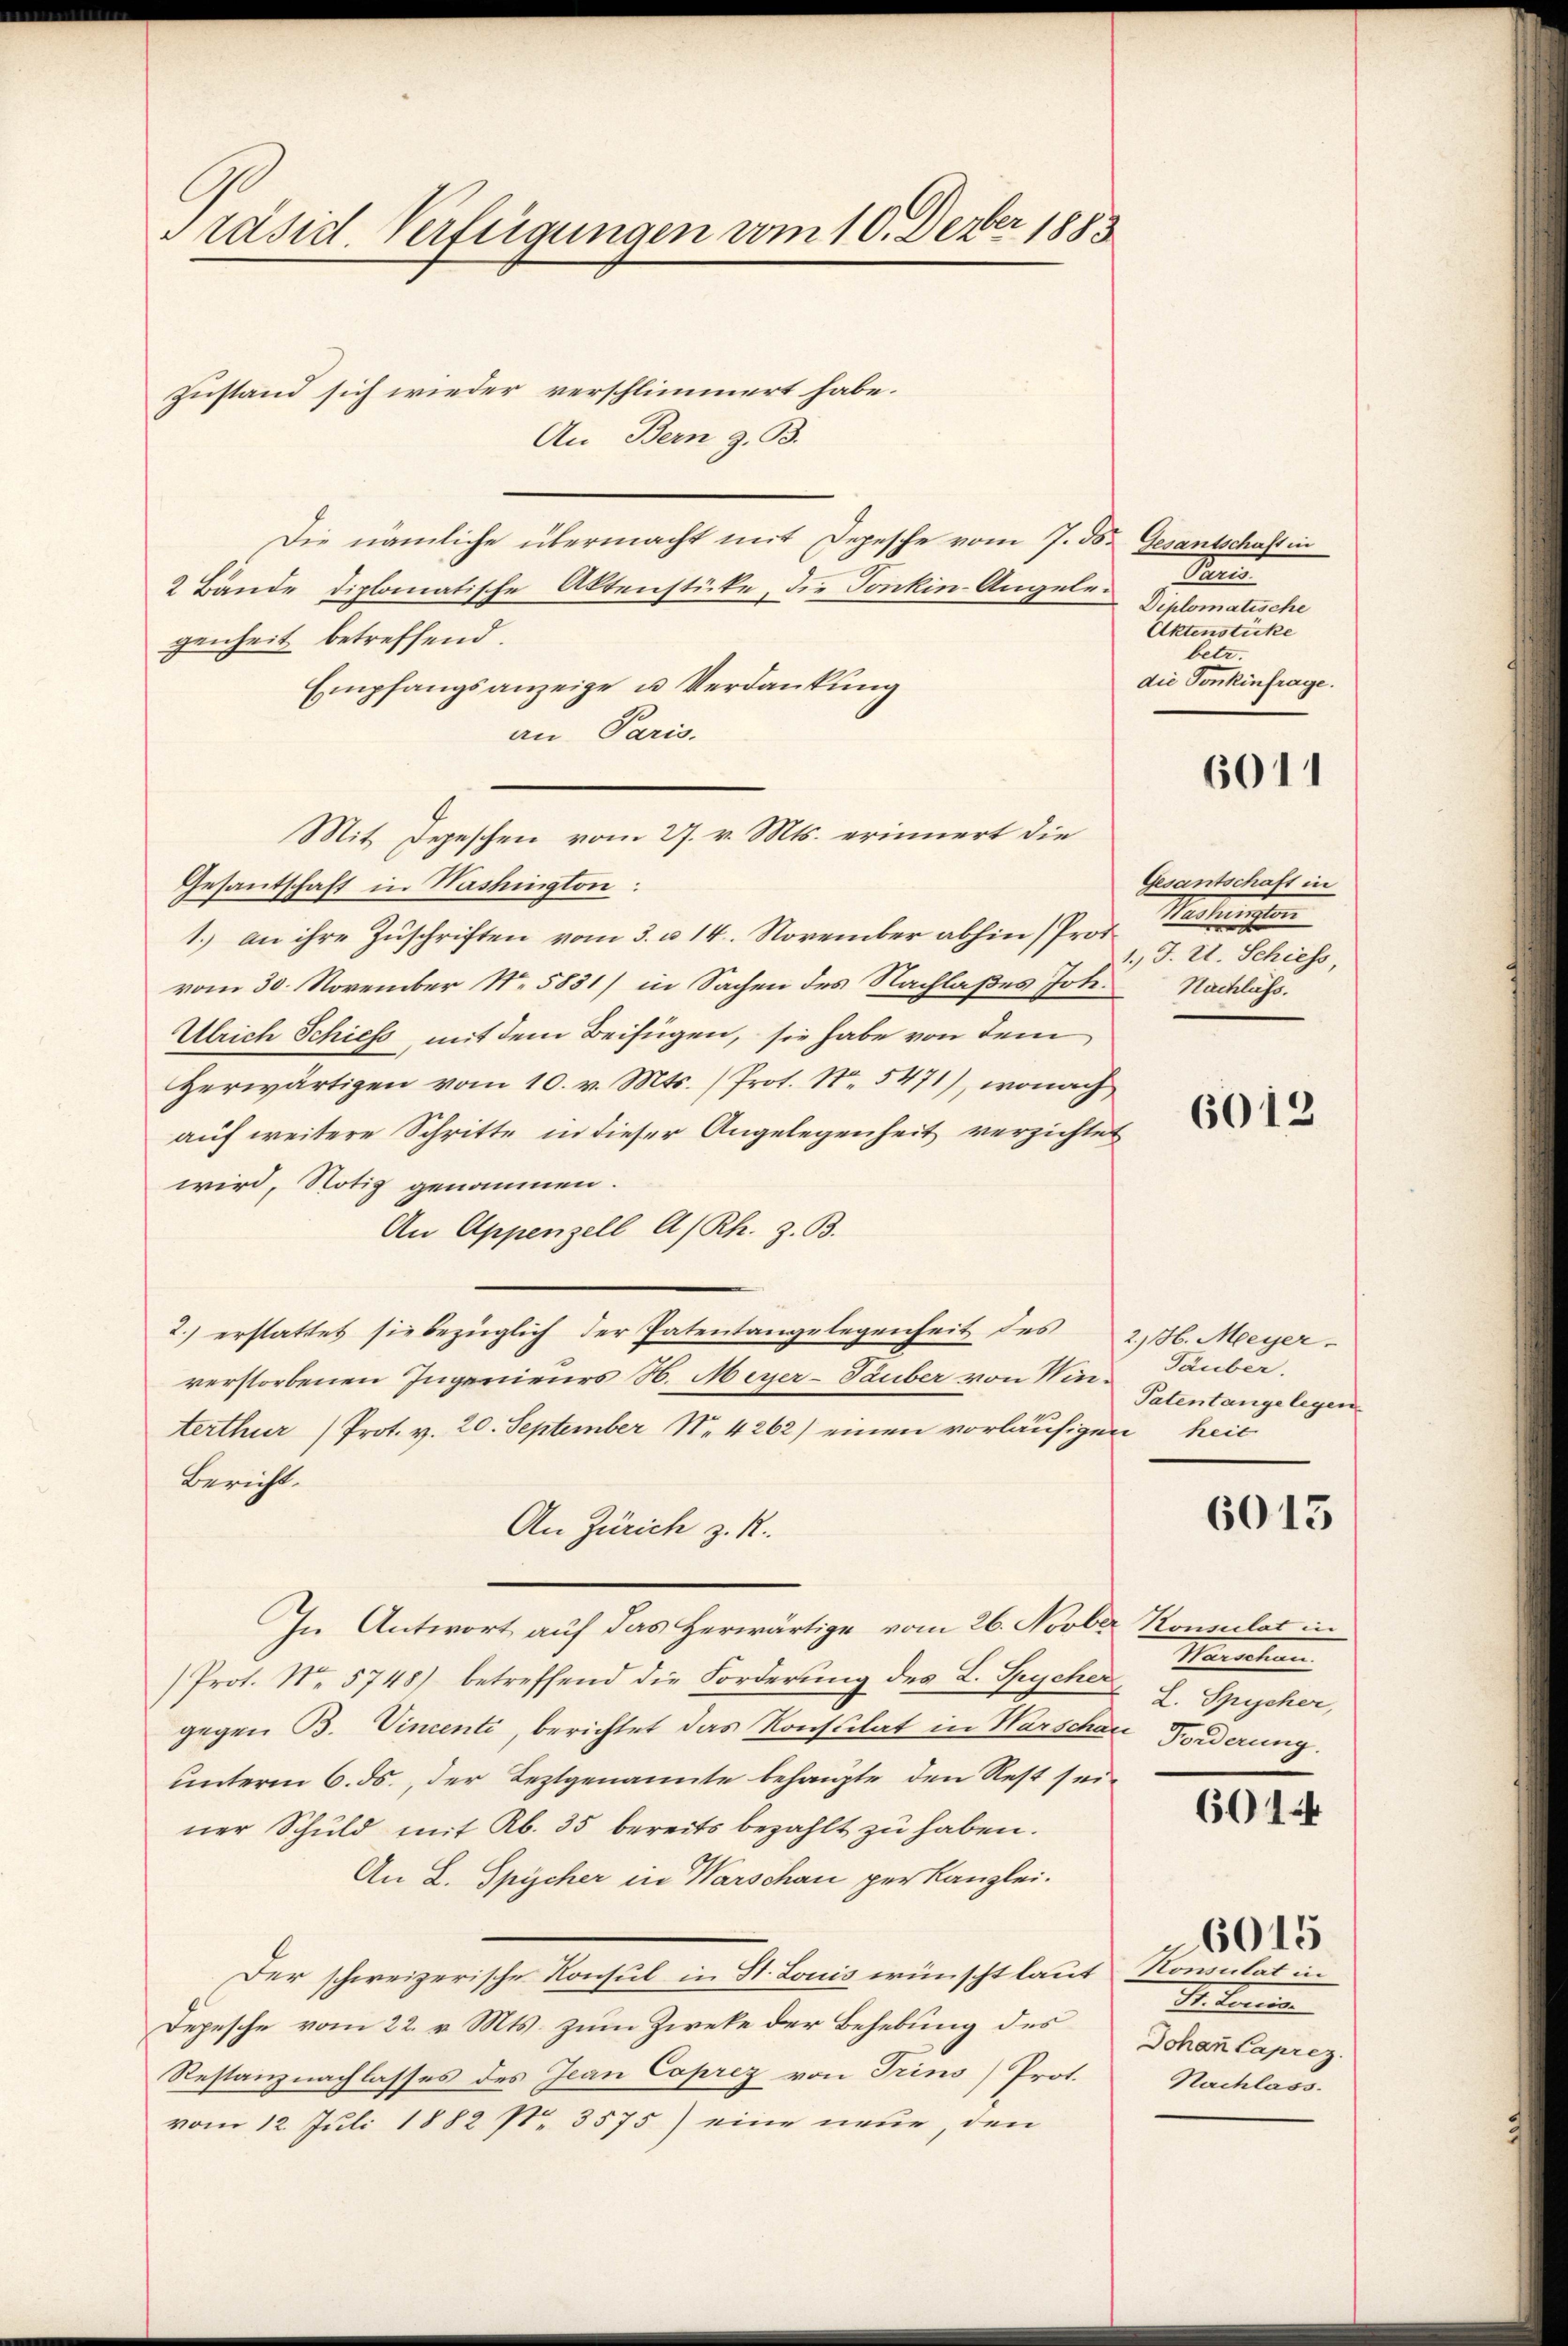
Präsid. Verfügungen vom 10. Devber 1883

Zustand sich wieder verschlimmert habe.
Die nämliche übermacht mit Depesche vom 7. ds. Gesantschaft in
2 Bände diplomatische Aktenstücke, die Tonkin-Angelegenheit betreffend.
Empfangsanzeige u. Verdankung
an Paris.
Gesantschaft in Washington:
1.) an ihre Zuschriften vom 3. u. 14. November abhin (Prot
vom 30. November No 5831) in Sachen des Nachlaßes Joh. Nachläss
Ulrich Schiess, mit dem Beifügen, sie habe von dem
Herwärtigen vom 10. v. Mts. (Prot. Nr. 5471), wonach
auf weitere Schritte in dieser Angelegenheit verzichtet
wird, Notiz genommen.
An Appenzell A/Rh. z. B.
2.) erstattet sie bezüglich der Patentangelegenheit des 26. Meyer
verstorbenen Ingenieurs H. Meyer-Tauber von Winterthur (Prot. v. 20. September N. 4262) einen vorläufigen heil
Bericht.
An Zürich z. R.
In Antwort auf das Herwärtige vom 26. Novber
/Prot. No. 5748) betreffend die Forderung des L. Spycher
gegen B. Vincenti, berichtet das Konsulat in Warschau Forderung.
unterm 6. ds., der Leztgenannte behaupte den Rest seiner Schuld mit R. 35 bereits bezahlt zu haben.
An L. Spycher in Warschau per Kanzlei.
Der schweizerische Konsul in St. Louis wünscht laut Romulat in
Depesche vom 22. v. Mts. zum Zweke der Behebung des
Restanznachlasses des Jean Caprez von Trins Prot.
vom 12. Juli 1882 Nr. 3575) eine neue, den

An Bern z. B.

Mit Depeschen vom 27. v. Mts. erinnert die

M
Diplomatische
Aktenstücke
betr.
die Tonkinfrage.

6011

Gesantschaft in
Nachausen
1., J. V. Schiess,

6013

Täuber.
Patentange legen.

6015

Honsulat in
Mansehen.
L. Spycher,

601

Petenen
Johan Caprez.
Nachlavo

6015